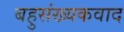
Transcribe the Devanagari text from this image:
बहुसंख्यकवाद